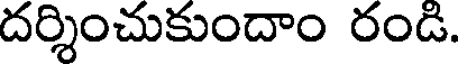
దర్శించుకుందాం రండి.